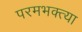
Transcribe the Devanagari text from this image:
परमभक्त्या